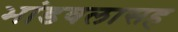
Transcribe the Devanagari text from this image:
भांडवलासह